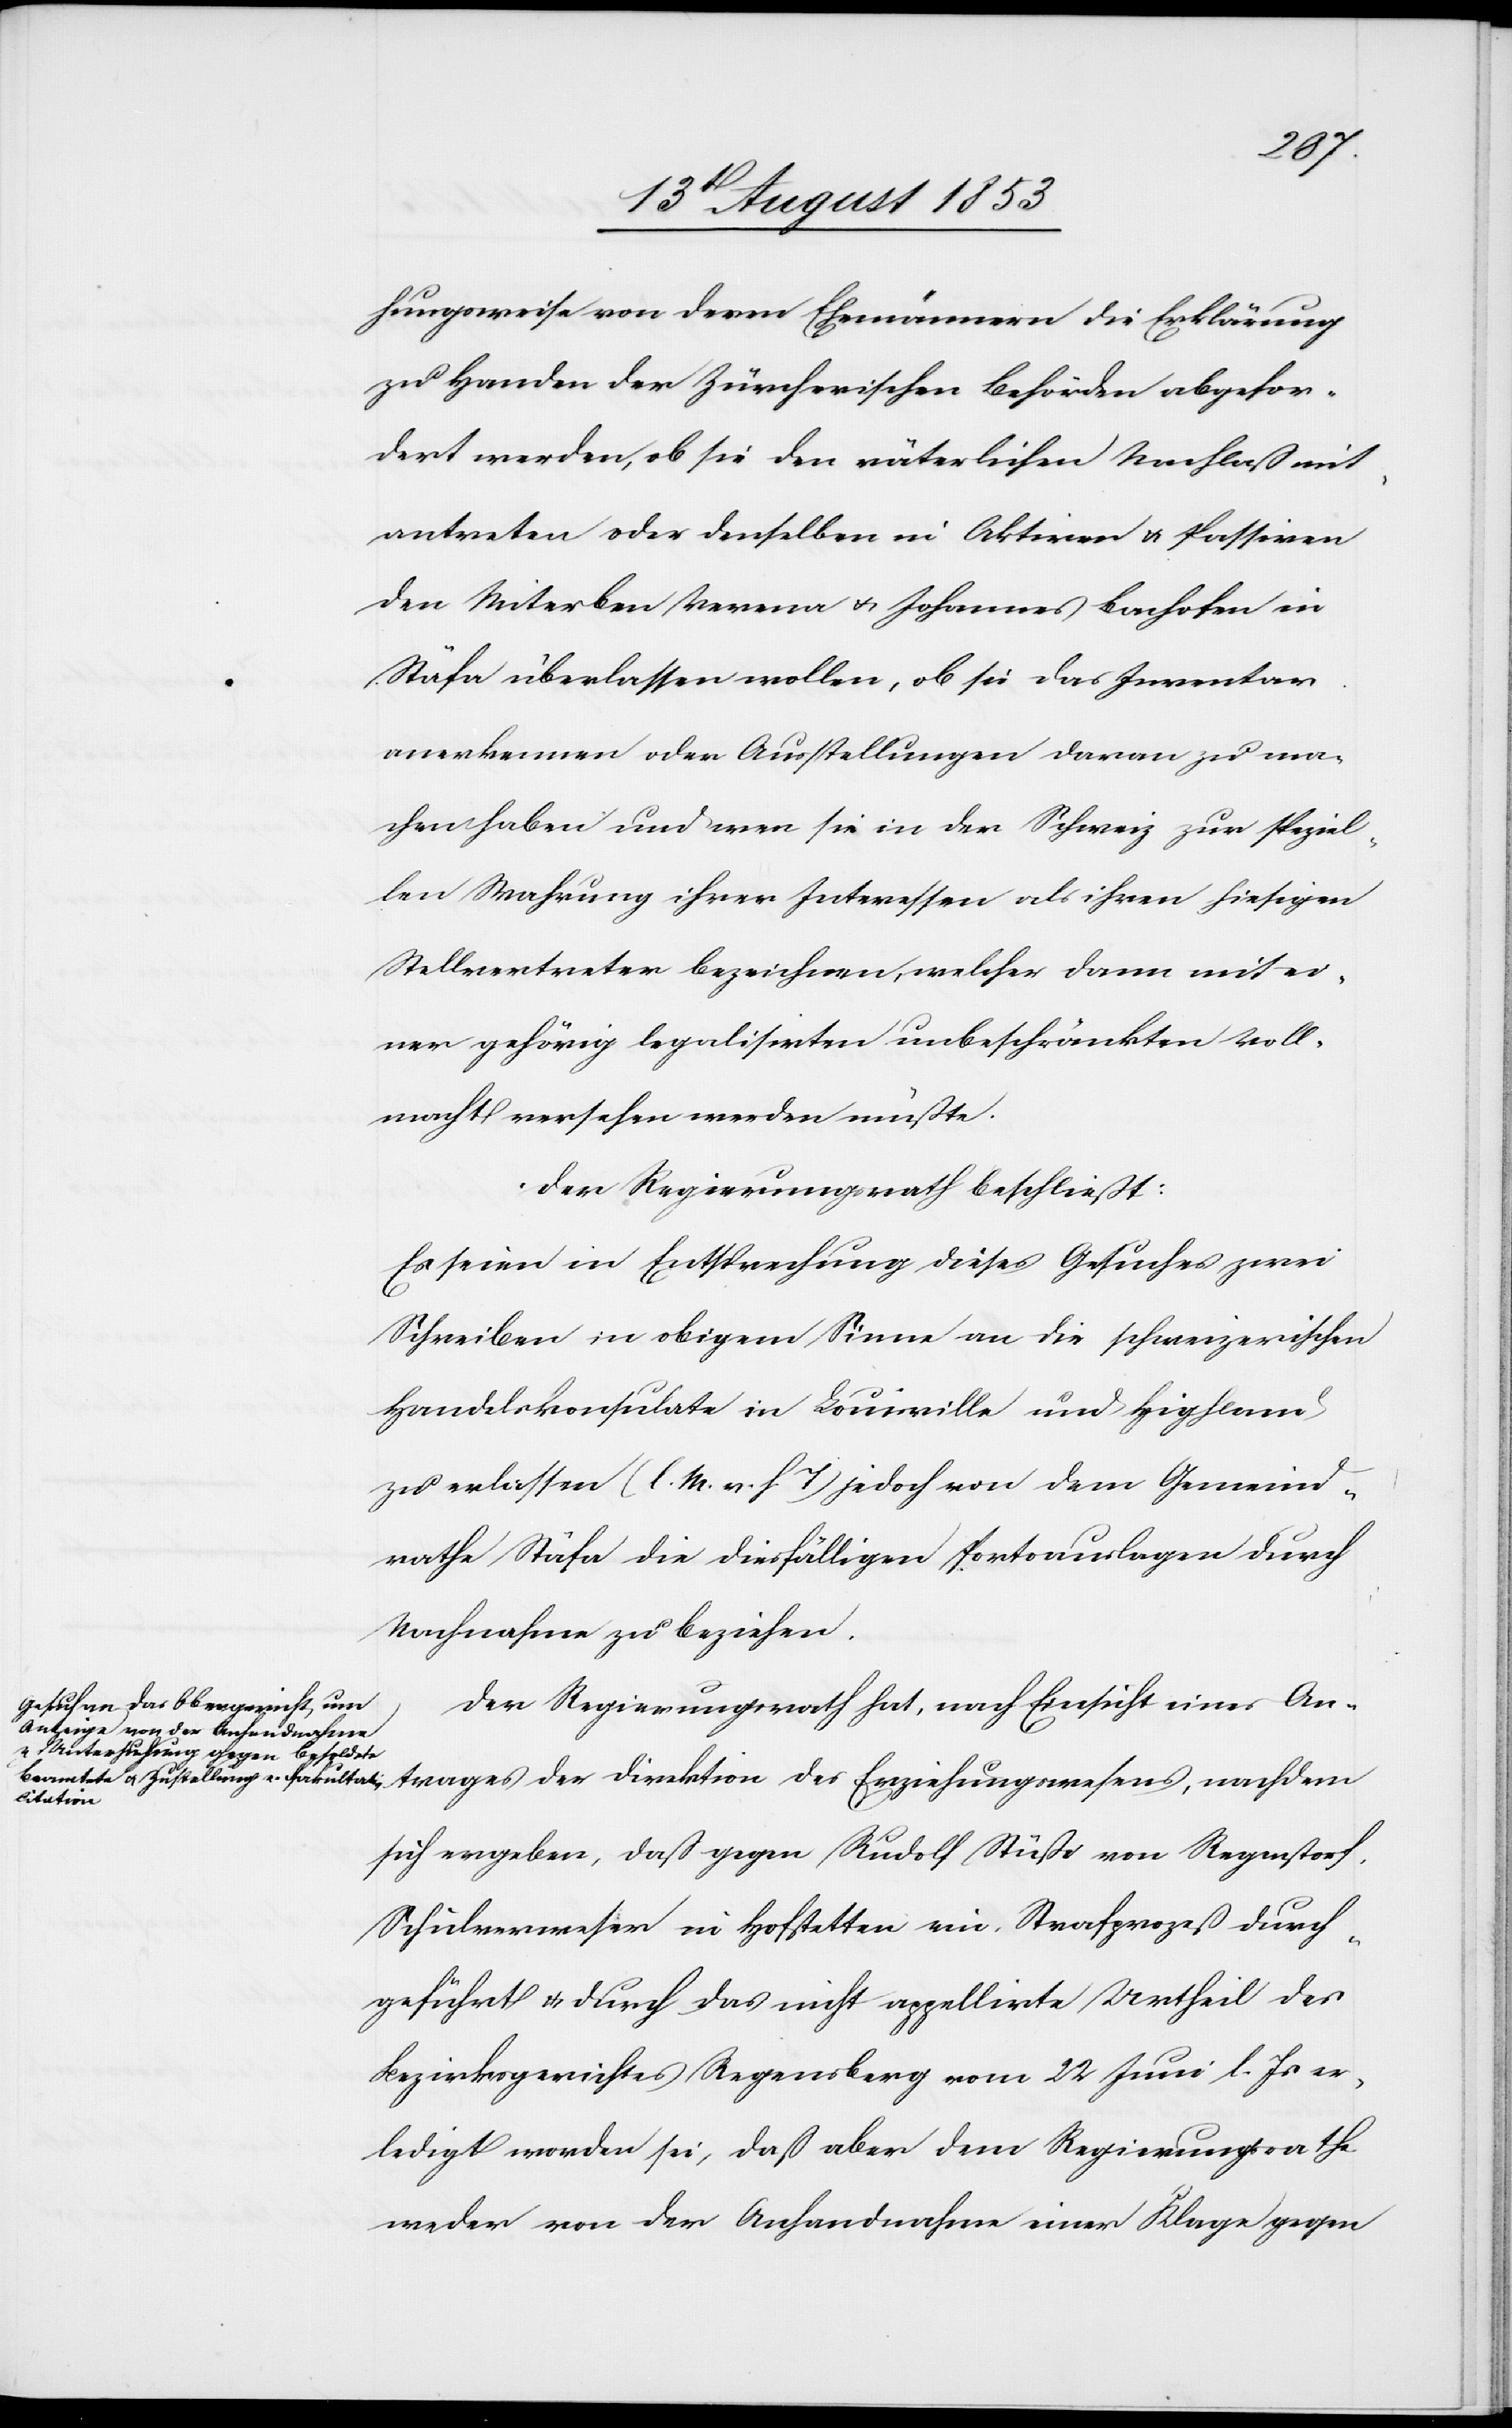
trages
hungsweise von deren Ehemännern die Erklärung
zu Handen der Zürcherischen Behörden abgefor¬
dert werden, ob sie den väterlichen Nachlaß mit¬
antreten oder denselben in Aktiven u. Passiven
den Miterben Verena u. Johannes Bachofen in
Stäfa überlassen wollen, ob sie das Inventar
anerkennen oder Ausstellungen davon zu ma¬
chen haben und wen sie in der Schweiz zur speziel¬
len Wahrung ihrer Interessen als ihren hiesigen
Stellvertreter bezeichnen, welcher dann mit ei¬
ner gehörig legalisirten unbeschränkten Voll¬
macht versehen werden müßte.
Der Regierungsrath beschließt:
Es seien in Entsprechung dieses Gesuches zwei
Schreiben in obigem Sinne an die schweizerischen
Handelskonsulate in Louisville und Hipfland
zu erlassen [l. M. v. h. T] jedoch von dem Gemeind¬
rathe Stäfa die diesfälligen Portoauslagen durch
Nachnahme zu beziehen.
Der Regierungsrath hat, nach Einsicht eines An¬
Direktion
sich ergeben, daß gegen Rudolf Stüßi von Regenstorf,
Schulverweser in Hofstetten ein Strafprozeß durch¬
geführt u. durch das nicht appellirte Urtheil des
Bezirksgerichtes Regensberg vom 22 Juni l. Js. er¬
ledigt worden sei, daß aber dem Regierungsrath
weder von der Anhandnahme einer Klage gegen